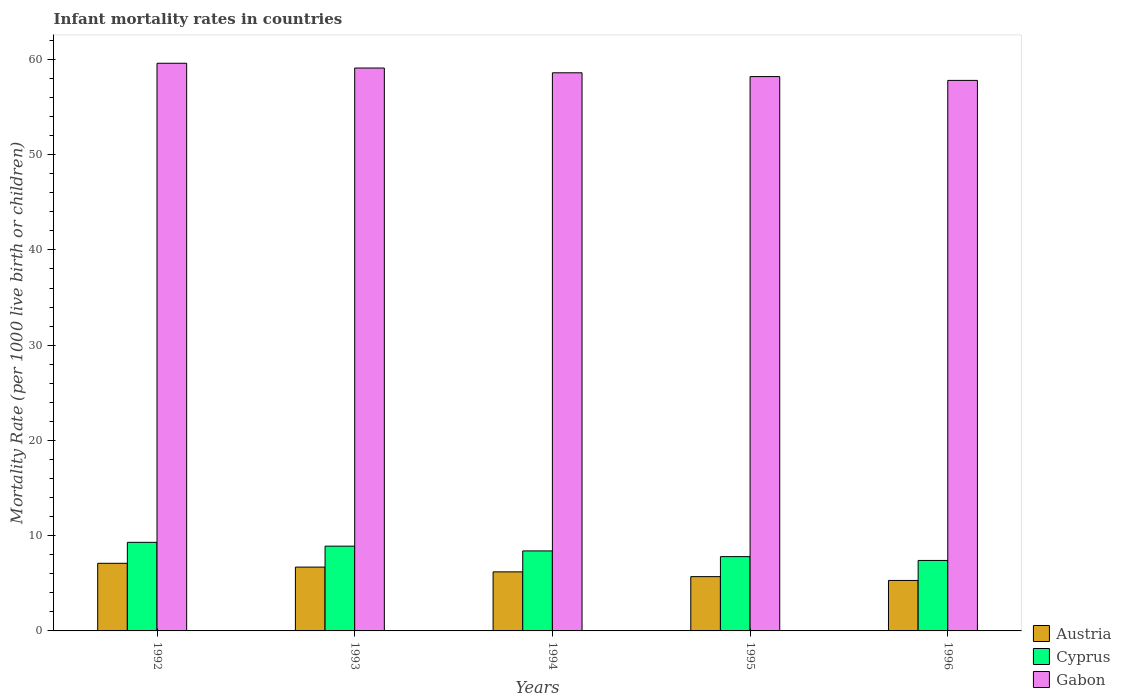
| Years | Austria | Cyprus | Gabon |
 | --- | --- | --- | --- |
 | 1992 | 7.1 | 9.3 | 59.6 |
 | 1993 | 6.7 | 8.9 | 59.1 |
 | 1994 | 6.2 | 8.4 | 58.6 |
 | 1995 | 5.7 | 7.8 | 58.2 |
 | 1996 | 5.3 | 7.4 | 57.8 |